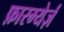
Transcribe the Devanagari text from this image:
फ़ारम्येर्ज़